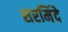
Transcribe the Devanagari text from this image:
शरमिंदे